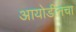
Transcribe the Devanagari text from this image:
आयोडीनचा